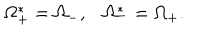
\Omega _ { + } ^ { * } = \Omega _ { - } , \Omega _ { - } ^ { * } = \Omega _ { + } .